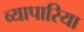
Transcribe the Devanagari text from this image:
व्‍यापारिया